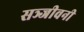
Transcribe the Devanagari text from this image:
सञ्जीवनी